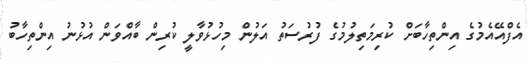
އެފްއޭއެމުގެ އިންތިހާބަށް ކުރިމަތިލުމުގެ ފުރުސަތު އަލުން މިހުޅުވާލީ ކުރިން ބާއްވަން އުޅުނު އިންތިހާބު